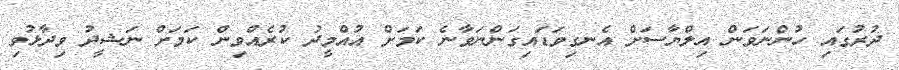
ދުރުގައި ހުންނަވަން އިލްޔާސަށް އެނގިވަޑައިގަންނަވާނެ ކަމަށް އުއްމީދު ކުރެއްވިން ކަމަށް ނަޝީދު ވިދާޅުވި